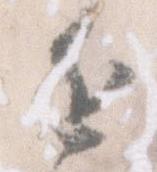
近